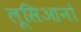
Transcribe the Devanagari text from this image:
लूसिआनो